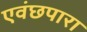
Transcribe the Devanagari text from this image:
एवंछपारा